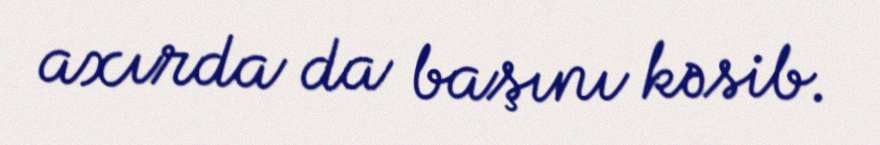
axırda da başını kəsib.